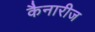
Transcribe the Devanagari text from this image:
कैनारीज